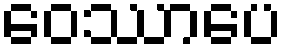
ဝေဿာပေ